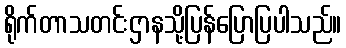
ရိုက်တာသတင်းဌာနသို့ပြန်ပြောပြပါသည်။